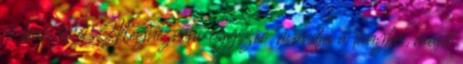
jó buli lehet. Megnézném egyszer. mondja a lányka, majd